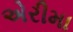
એરીમા